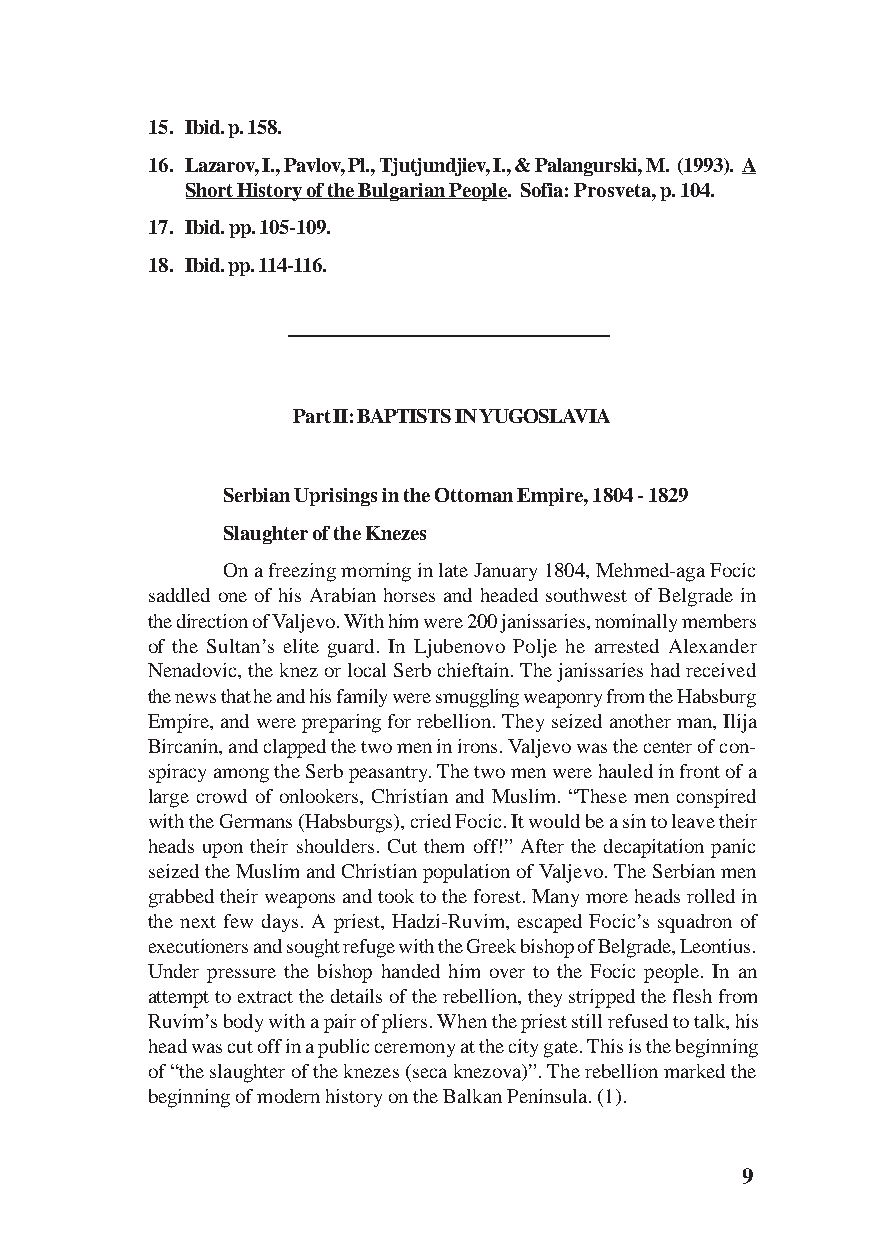
15. Ibid. p. 158.
 16. Lazarov, I., Pavlov, Pl., Tjutjundjiev, I., & Palangurski, M. (1993). A
 Short History of the Bulgarian People. Sofia: Prosveta, p. 104.
 17. Ibid. pp. 105-109.
 18. Ibid. pp. 114-116.
 Part II: BAPTISTS IN YUGOSLAVIA
 Serbian Uprisings in the Ottoman Empire, 1804 - 1829
 Slaughter of the Knezes
 On a freezing morning in late January 1804, Mehmed-aga Focic
 saddled one of his Arabian horses and headed southwest of Belgrade in
 the direction of Valjevo. With him were 200 janissaries, nominally members
 of the Sultan’s elite guard. In Ljubenovo Polje he arrested Alexander
 Nenadovic, the knez or local Serb chieftain. The janissaries had received
 the news that he and his family were smuggling weaponry from the Habsburg
 Empire, and were preparing for rebellion. They seized another man, Ilija
 Bircanin, and clapped the two men in irons. Valjevo was the center of con-
 spiracy among the Serb peasantry. The two men were hauled in front of a
 large crowd of onlookers, Christian and Muslim. “These men conspired
 with the Germans (Habsburgs), cried Focic. It would be a sin to leave their
 heads upon their shoulders. Cut them off!” After the decapitation panic
 seized the Muslim and Christian population of Valjevo. The Serbian men
 grabbed their weapons and took to the forest. Many more heads rolled in
 the next few days. A priest, Hadzi-Ruvim, escaped Focic’s squadron of
 executioners and sought refuge with the Greek bishop of Belgrade, Leontius.
 Under pressure the bishop handed him over to the Focic people. In an
 attempt to extract the details of the rebellion, they stripped the flesh from
 Ruvim’s body with a pair of pliers. When the priest still refused to talk, his
 head was cut off in a public ceremony at the city gate. This is the beginning
 of “the slaughter of the knezes (seca knezova)”. The rebellion marked the
 beginning of modern history on the Balkan Peninsula. (1).
 9